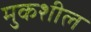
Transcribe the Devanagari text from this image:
मुकशील